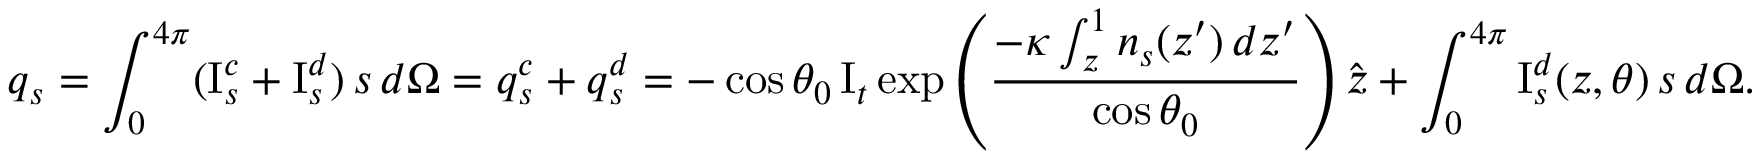
{ \ensuremath { \boldsymbol } q } _ { s } = \int _ { 0 } ^ { 4 \pi } ( \mathrm { I } _ { s } ^ { c } + \mathrm { I } _ { s } ^ { d } ) \, { \ensuremath { \boldsymbol } s } \, d \Omega = { \ensuremath { \boldsymbol } q } _ { s } ^ { c } + { \ensuremath { \boldsymbol } q } _ { s } ^ { d } = - \cos { \theta _ { 0 } } \, \mathrm { I } _ { t } \exp \left( \frac { - \kappa \int _ { z } ^ { 1 } n _ { s } ( z ^ { \prime } ) \, d z ^ { \prime } } { \cos { \theta _ { 0 } } } \right) \hat { \ensuremath { \boldsymbol } z } + \int _ { 0 } ^ { 4 \pi } \mathrm { I } _ { s } ^ { d } ( z , \theta ) \, { \ensuremath { \boldsymbol } s } \, d \Omega .